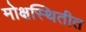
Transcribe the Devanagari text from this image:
मोक्षस्थितीत